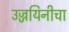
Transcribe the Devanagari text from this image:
उज्जयिनीचा